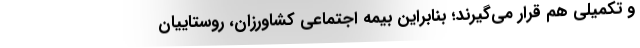
و تکمیلی هم قرار می‌گیرند؛ بنابراین بیمه اجتماعی کشاورزان، روستاییان